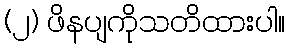
(၂) ဖိနပျကိုသတိထားပါ။